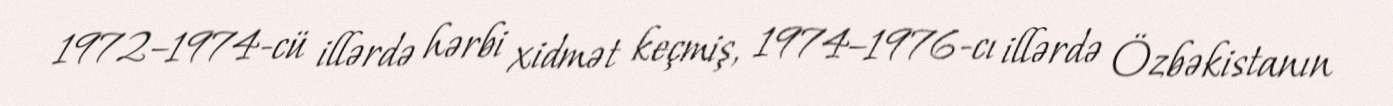
1972–1974-cü illərdə hərbi xidmət keçmiş, 1974–1976-cı illərdə Özbəkistanın